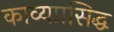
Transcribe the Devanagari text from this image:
काव्यप्रसिद्ध